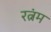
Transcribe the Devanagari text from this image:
रत्नंम